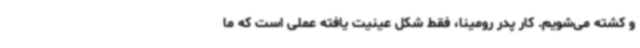
و کشته می‌شویم. کار پدر رومینا، فقط شکل عینیت یافته عملی است که ما